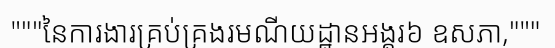
"""នៃការងារគ្រប់គ្រងរមណីយដ្ឋានអង្គរ៦ ឧសភា,"""